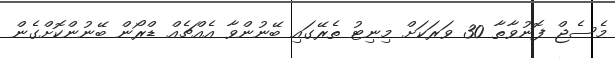
މެސެޖް ފޮނުވާތާ 30 ވަރަކަށް މިނިޓު ތެރޭގައި ބޭނުންވާ އެއްޗެއް ޑްރޯން ބޭނުންކޮށްގެން